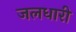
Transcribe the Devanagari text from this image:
जलधारी